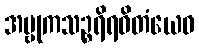
အမ္ဗုကသဉ္စရိရဝိတံယေဝ